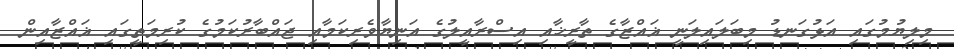
މިލިޔުމުގައި އަޅުގަނޑު މިބަލައިލަނީ ޣައްޒާގެ ތާރީޚާއި އިސްރާއީލުގެ އަނިޔާވެރިކަމާއި ޖައްބާރުކަމުގެ ކުރިމަތީގައި ޣައްޒާއިން